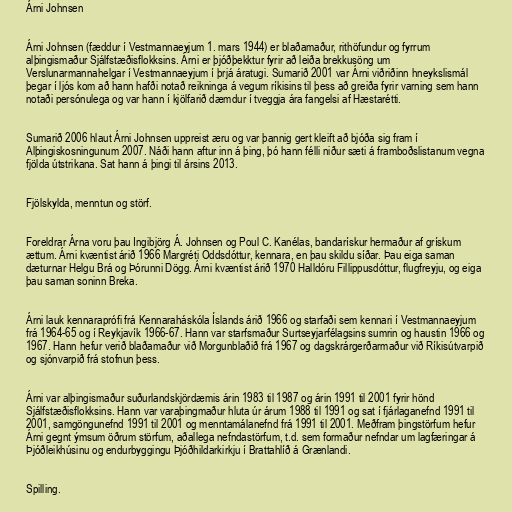
Árni Johnsen

Árni Johnsen (fæddur í Vestmannaeyjum 1. mars 1944) er blaðamaður, rithöfundur og fyrrum
alþingismaður Sjálfstæðisflokksins. Árni er þjóðþekktur fyrir að leiða brekkusöng um
Verslunarmannahelgar í Vestmannaeyjum í þrjá áratugi. Sumarið 2001 var Árni viðriðinn hneykslismál
þegar í ljós kom að hann hafði notað reikninga á vegum ríkisins til þess að greiða fyrir varning sem hann
notaði persónulega og var hann í kjölfarið dæmdur í tveggja ára fangelsi af Hæstarétti.

Sumarið 2006 hlaut Árni Johnsen uppreist æru og var þannig gert kleift að bjóða sig fram í
Alþingiskosningunum 2007. Náði hann aftur inn á þing, þó hann félli niður sæti á framboðslistanum vegna
fjölda útstrikana. Sat hann á þingi til ársins 2013.

Fjölskylda, menntun og störf.

Foreldrar Árna voru þau Ingibjörg Á. Johnsen og Poul C. Kanélas, bandarískur hermaður af grískum
ættum. Árni kvæntist árið 1966 Margréti Oddsdóttur, kennara, en þau skildu síðar. Þau eiga saman
dæturnar Helgu Brá og Þórunni Dögg. Árni kvæntist árið 1970 Halldóru Fillippusdóttur, flugfreyju, og eiga
þau saman soninn Breka.

Árni lauk kennaraprófi frá Kennaraháskóla Íslands árið 1966 og starfaði sem kennari í Vestmannaeyjum
frá 1964-65 og í Reykjavík 1966-67. Hann var starfsmaður Surtseyjarfélagsins sumrin og haustin 1966 og
1967. Hann hefur verið blaðamaður við Morgunblaðið frá 1967 og dagskrárgerðarmaður við Ríkisútvarpið
og sjónvarpið frá stofnun þess.

Árni var alþingismaður suðurlandskjördæmis árin 1983 til 1987 og árin 1991 til 2001 fyrir hönd
Sjálfstæðisflokksins. Hann var varaþingmaður hluta úr árum 1988 til 1991 og sat í fjárlaganefnd 1991 til
2001, samgöngunefnd 1991 til 2001 og menntamálanefnd frá 1991 til 2001. Meðfram þingstörfum hefur
Árni gegnt ýmsum öðrum störfum, aðallega nefndastörfum, t.d. sem formaður nefndar um lagfæringar á
Þjóðleikhúsinu og endurbyggingu Þjóðhildarkirkju í Brattahlíð á Grænlandi.

Spilling.